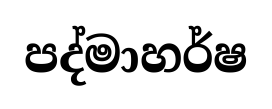
පද්මාහර්ෂ